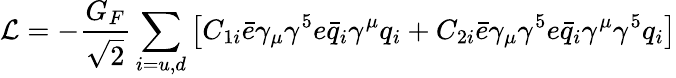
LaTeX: \mathcal{L}=-\frac{G_{F}}{\sqrt 2}\sum_{i=u,d}\left[C_{1i}\bar{e}\gamma_{\mu}\gamma^{5}e\bar{q}_{i}\gamma^{\mu}q_{i}+C_{2i}\bar{e}\gamma_{\mu}\gamma^{5}e\bar{q}_{i}\gamma^{\mu}\gamma^{5}q_{i}\right]